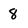
Character: 8